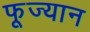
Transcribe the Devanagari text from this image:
फूज्यान